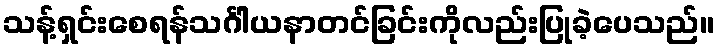
သန့်ရှင်းစေရန်သင်္ဂါယနာတင်ခြင်းကိုလည်းပြုခဲ့ပေသည်။